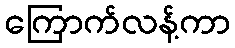
ကြောက်လန့်ကာ